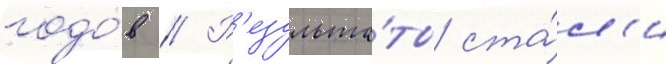
годо́в // Р'езульта́ты ста́л'и